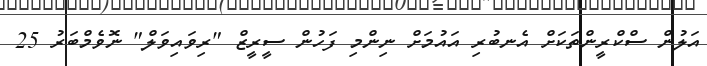
އަލުން ސްކްރީންތަކަށް އެނބުރި އައުމަށް ނިންމި ފަހުން ސީރީޒް "ރިވައިވަލް" ނޮވެމްބަރު 25